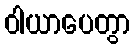
ဝါယာပေတွာ